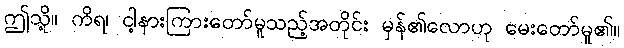
ဤသို့။ ကိရ၊ ငါ့နားကြားတော်မူသည့်အတိုင်း မှန်၏လောဟု မေးတော်မူ၏။